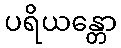
ပရိယန္တော